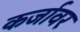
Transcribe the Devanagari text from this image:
कर्जावर